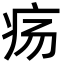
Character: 疡